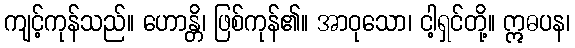
ကျင့်ကုန်သည်။ ဟောန္တိ၊ ဖြစ်ကုန်၏။ အာဝုသော၊ ငါ့ရှင်တို့။ ဣဓပန၊